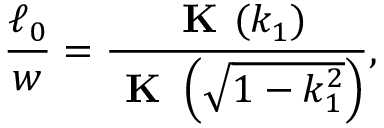
\frac { \ell _ { 0 } } { w } = \frac { \textbf { K } ( k _ { 1 } ) } { \textbf { K } \left( \sqrt { 1 - k _ { 1 } ^ { 2 } } \right) } ,